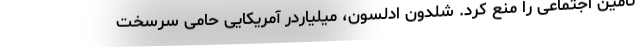
تامین اجتماعی را منع کرد. شلدون ادلسون، میلیاردر آمریکایی حامی سرسخت